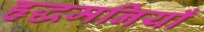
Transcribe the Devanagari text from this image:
हृद्धमनियाँ